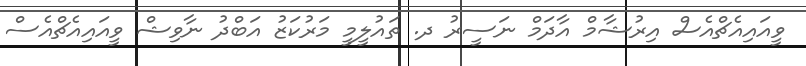
ވީއައިއެޗްއެސް އިރުޝާމް އާދަމް ނަސީރު ދ. ތައުލީމީ މަރުކަޒު އަބްދު ނާވިޝް ވީއައިއެޗްއެސް